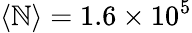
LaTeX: \langle\mathbb{N}\rangle=1.6\times10^{5}